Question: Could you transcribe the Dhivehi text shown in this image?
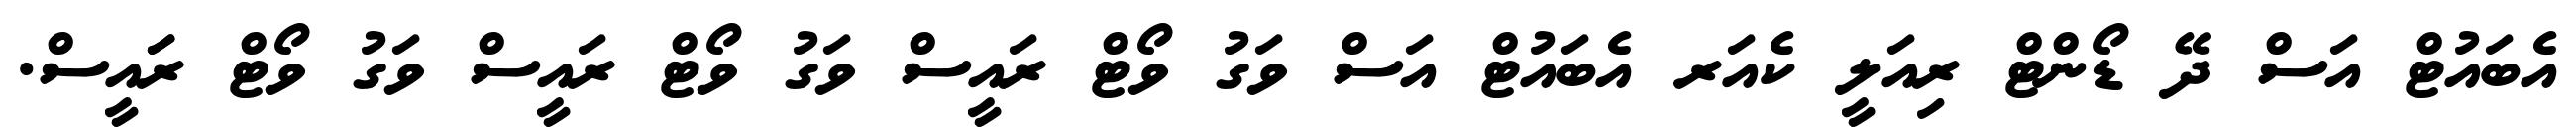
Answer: އެބައުޓް އަސް ދޭ ޑޯންޓް ރިއަލީ ކެއަރ އެބައުޓް އަސް ވަގު ވޯޓް ރައީސް ވަގު ވޯޓް ރައީސް ވަގު ވޯޓް ރަައީސް.